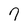
Character: 9